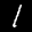
Label: 1